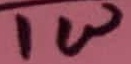
Text: 1W